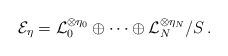
LaTeX: \begin{align*} \mathcal{E}_\eta = \mathcal{L}_0^{\otimes \eta_0} \oplus \cdots \oplus \mathcal{L}_N^{\otimes \eta_N} / S\,. \end{align*}